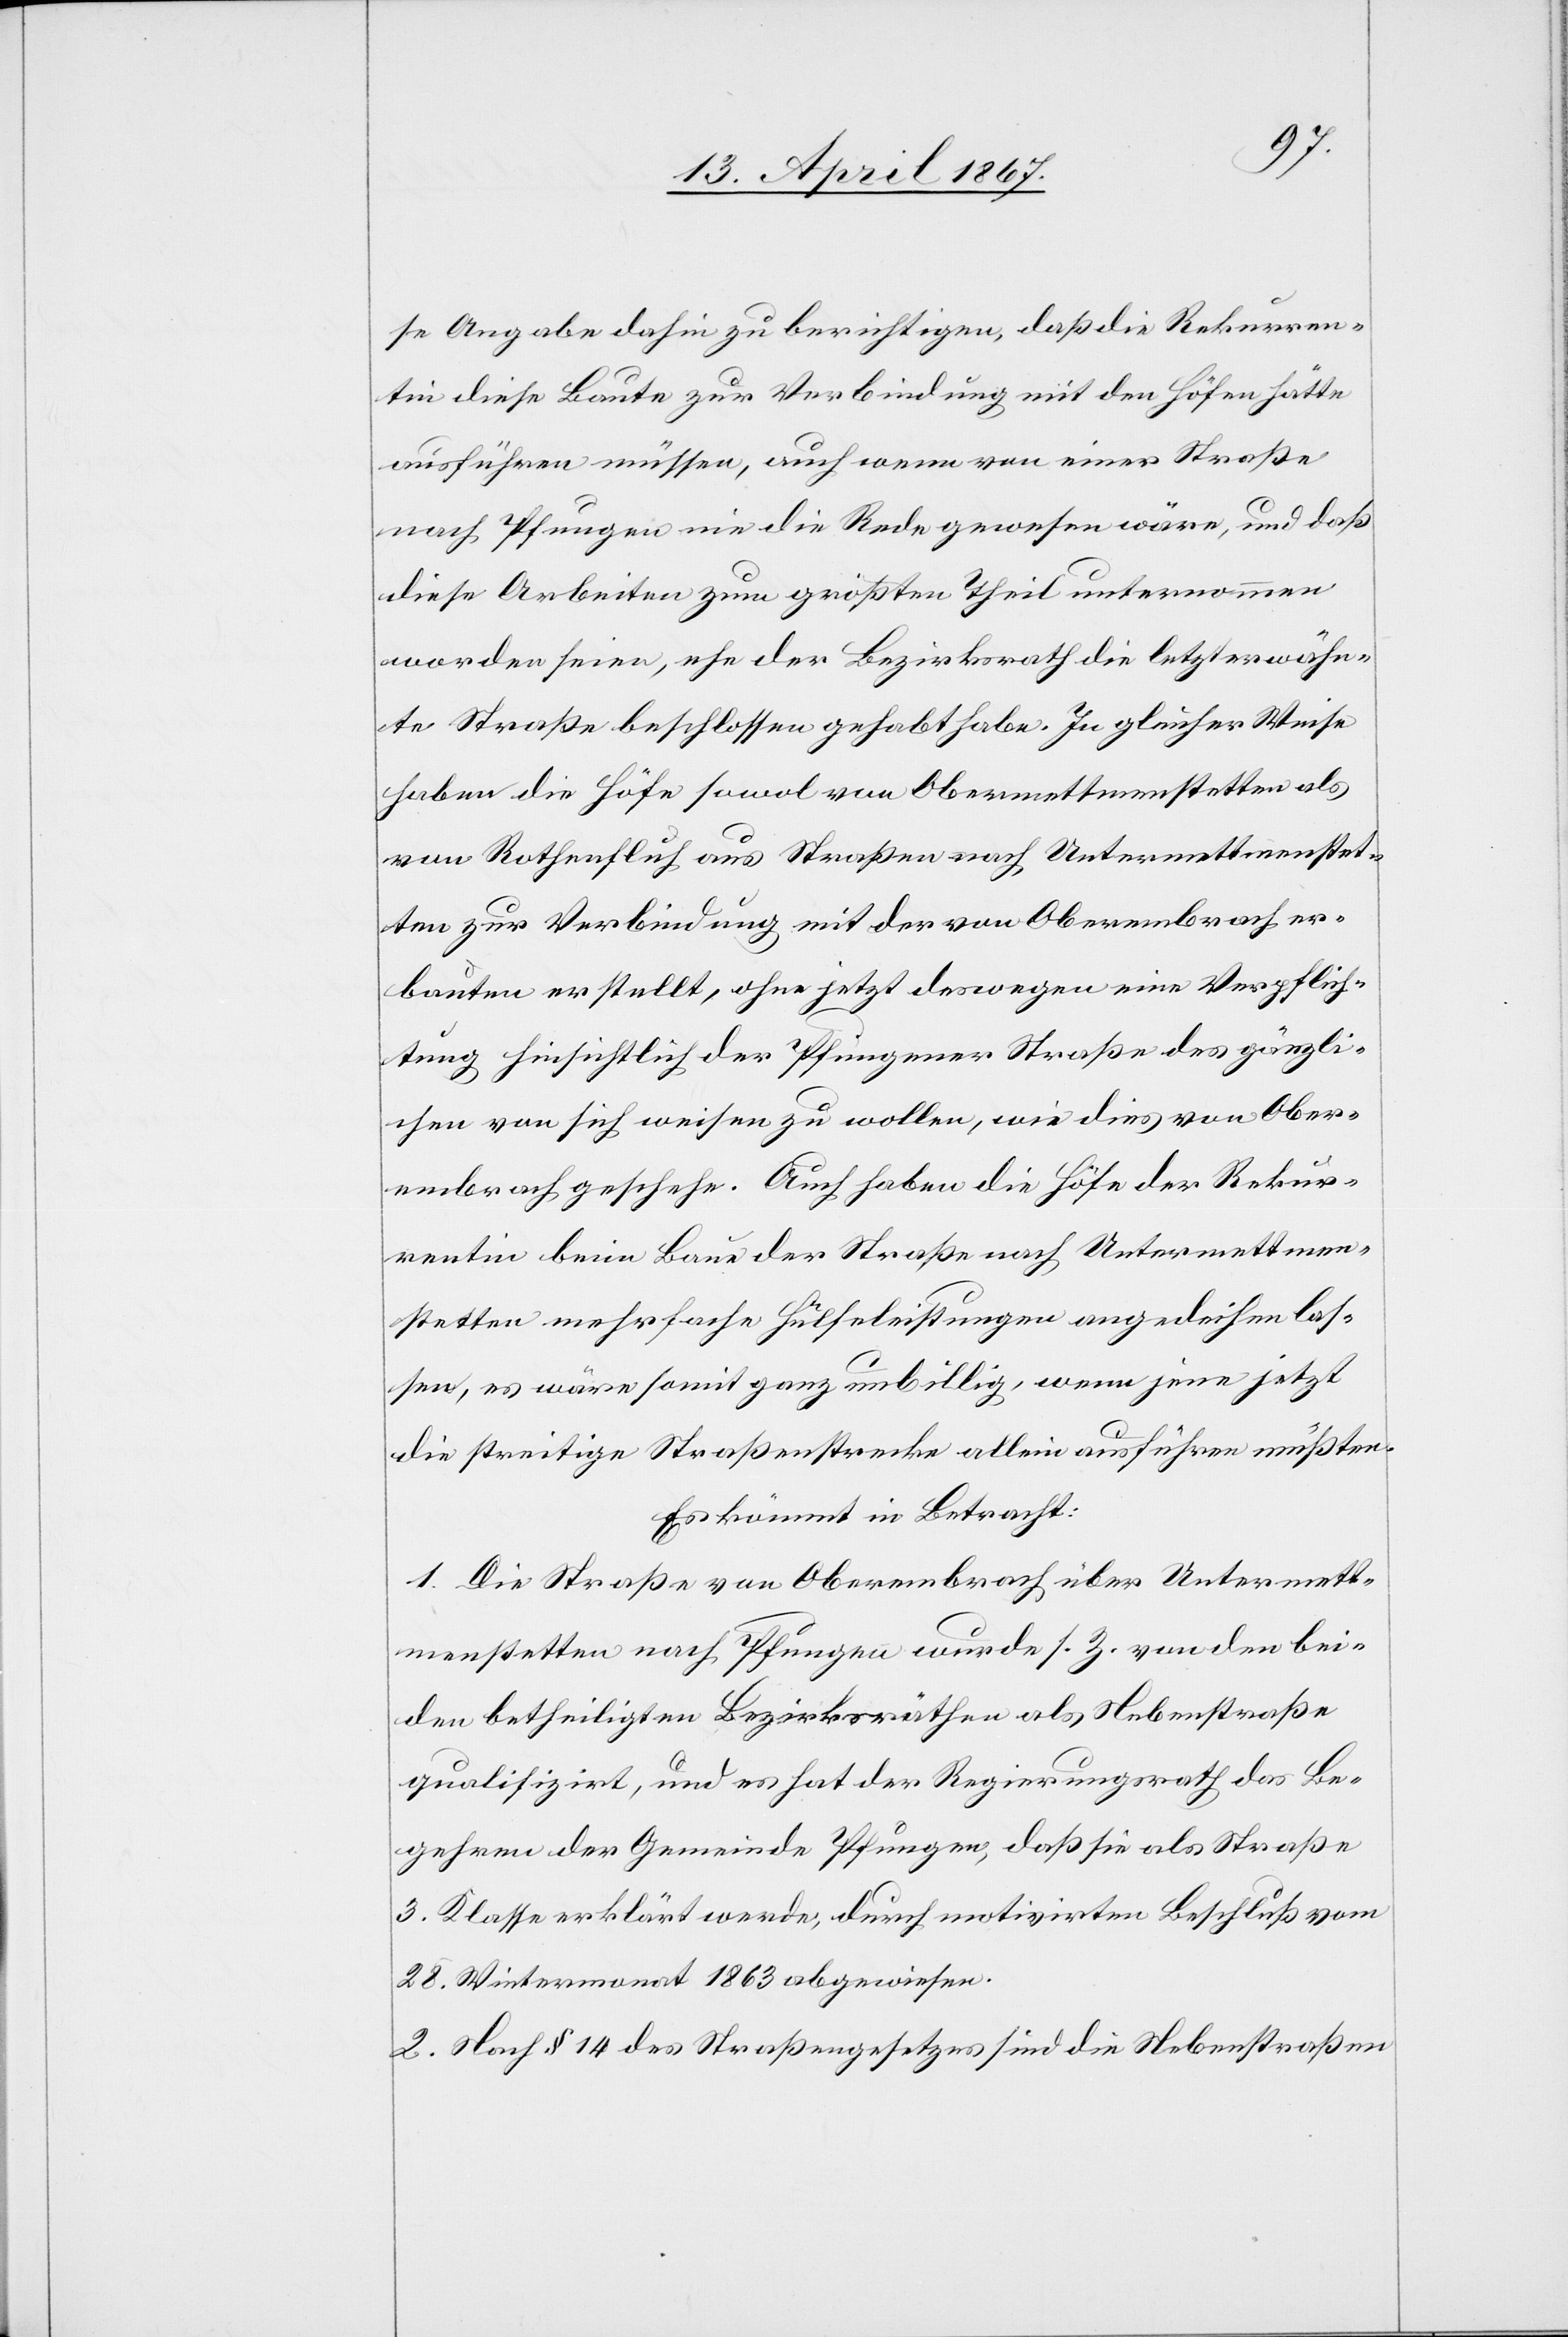
se Angabe dahin zu berichtigen, daß die Rekurren¬
tin diese Baute zur Verbindung mit den Höfen hätte
ausführen müssen, auch wenn von einer Straße
nach Pfungen nie die Rede gewesen wäre, und daß
diese Arbeiten zum größten Theil unternommen
worden seien, ehe der Bezirksrath die letzterwähn¬
te Straße beschlossen gehabt habe. In gleicher Weise
haben die Höfe sowol von Obermettmenstetten als
von Rothenfluh aus Straßen nach Untermettmenstet¬
ten zur Verbindung mit der von Oberembrach er¬
bauten erstellt, ohne jetzt deswegen eine Verpflich¬
tung hinsichtlich der Pfungener Straße des gänzli¬
chen von sich weisen zu wollen, wie dies von Ober¬
embrach geschehe. Auch haben die Höfe der Rekur¬
rentin beim Baue der Straße nach Untermettmen¬
stetten mehrfache Hülfeleistungen angedeihen las¬
sen, es wäre somit ganz unbillig, wenn jene jetzt
die streitige Straßenstrecke allein ausführen müßten.
Es kömmt in Betracht:
1. Die Straße von Oberembrach über Untermett¬
menstetten nach Pfungen wurde s. Z. von den bei¬
den betheiligten Bezirksräthen als Nebenstraße
qualifizirt, und es hat der Regierungsrath das Be¬
gehren der Gemeinde Pfungen, daß sie als Straße
3. Klasse erklärt werde, durch motivirten Beschluß vom
28. Wintermonat 1863 abgewiesen.
2. Nach § 14 des Straßengesetzes sind die Nebenstraßen